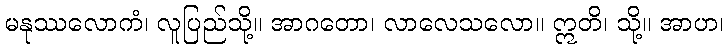
မနုဿလောကံ၊ လူပြည်သို့။ အာဂတော၊ လာလေသလော။ ဣတိ၊ သို့။ အာဟ၊